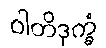
ဝါတိဒုက္ခံ